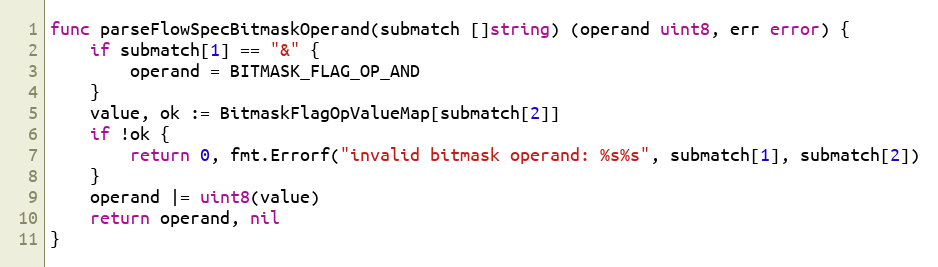
Language: Go
func parseFlowSpecBitmaskOperand(submatch []string) (operand uint8, err error) {
	if submatch[1] == "&" {
		operand = BITMASK_FLAG_OP_AND
	}
	value, ok := BitmaskFlagOpValueMap[submatch[2]]
	if !ok {
		return 0, fmt.Errorf("invalid bitmask operand: %s%s", submatch[1], submatch[2])
	}
	operand |= uint8(value)
	return operand, nil
}